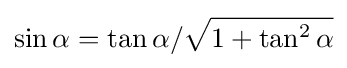
\sin \alpha =\tan \alpha /{\sqrt {1+\tan ^{2}\alpha }}